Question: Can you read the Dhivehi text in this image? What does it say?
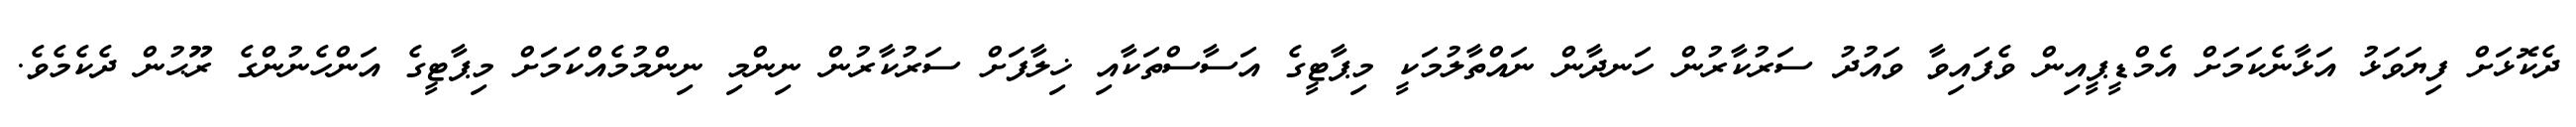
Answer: ދެކޮޅަށް ފިޔަވަޅު އަޅާނެކަމަށް އެމްޑީޕީއިން ވެފައިވާ ވައުދު ސަރުކާރުން ހަނދާން ނައްތާލުމަކީ މިޕާޓީގެ އަސާސްތަކާއި ޚިލާފަށް ސަރުކާރުން ނިންމި ނިންމުމެއްކަމަށް މިޕާޓީގެ އަންހެނުންގެ ރޫޙުން ދެކެމެވެ.